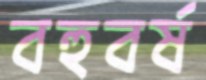
বহুবর্ষ